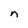
Character: n